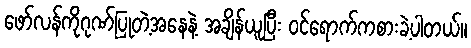
ဖော်လန်ကိုဂုဏ်ပြုတဲ့အနေနဲ့ အချိန်ယူပြီး ဝင်ရောက်ကစားခဲ့ပါတယ်။